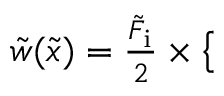
\begin{array} { r } { \tilde { w } ( \tilde { x } ) = \frac { \tilde { F } _ { \mathrm { i } } } { 2 } \times \left\{ \begin{array} { l l } { \quad } \end{array} \right. } \end{array}